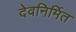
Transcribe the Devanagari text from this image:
देवनिर्मित